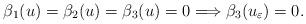
LaTeX: \begin{align*}\beta_1(u) = \beta_2(u) = \beta_3(u) = 0 \Longrightarrow \beta_3(u_{\varepsilon}) = 0. \end{align*}